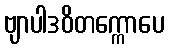
ဗျာပါဒဝိတက္ကောပေ